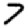
Digit: 7